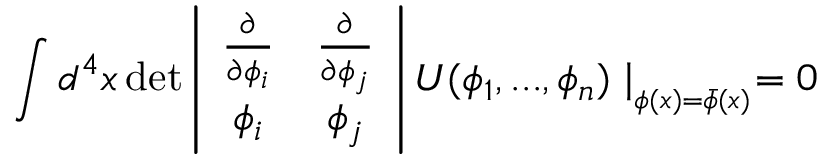
\int d ^ { 4 } x \operatorname * { d e t } \left| \begin{array} { c c } { { \frac { \partial } { \partial \phi _ { i } } } } & { { \frac { \partial } { \partial \phi _ { j } } } } \\ { { \phi _ { i } } } & { { \phi _ { j } } } \end{array} \right| U ( \phi _ { 1 } , . . . , \phi _ { n } ) \mid _ { _ { \phi ( x ) = \bar { \phi } ( x ) } } = 0